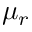
\mu _ { r }